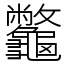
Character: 龞